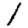
Digit: 1